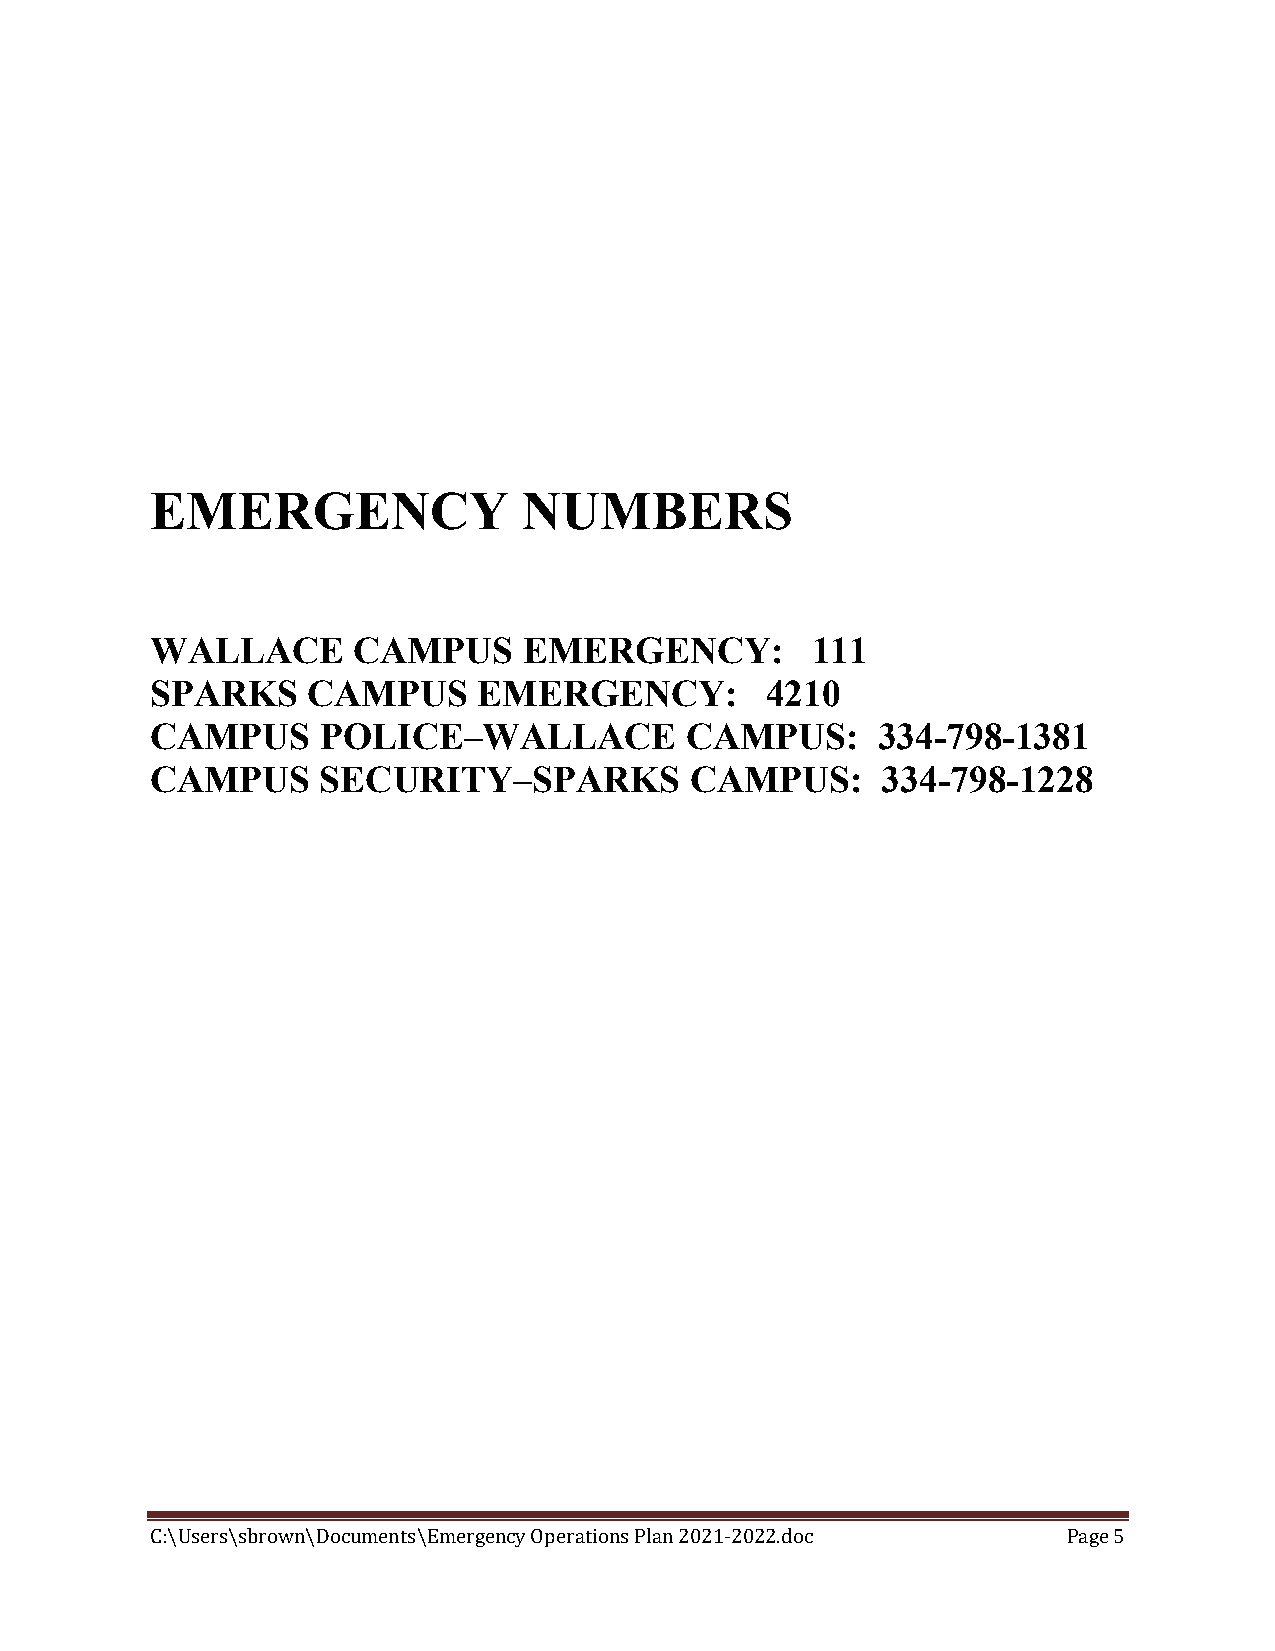
EMERGENCY                NUMBERS
 WALLACE      CAMPUS      EMERGENCY:         111
 SPARKS    CAMPUS      EMERGENCY:         4210
 CAMPUS     POLICE–WALLACE          CAMPUS:      334-798-1381
 CAMPUS     SECURITY–SPARKS          CAMPUS:     334-798-1228
 C:\Users\sbrown\Documents\Emergency Operations Plan 2021-2022.doc Page 5